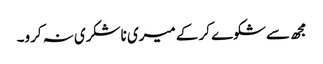
مجھ سے شکوے کر کے میری ناشکری نہ کرو۔